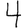
Digit: 4